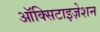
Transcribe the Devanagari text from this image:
ऑक्सिटाइज़ेशन